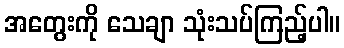
အတွေးကို သေချာ သုံးသပ်ကြည့်ပါ။